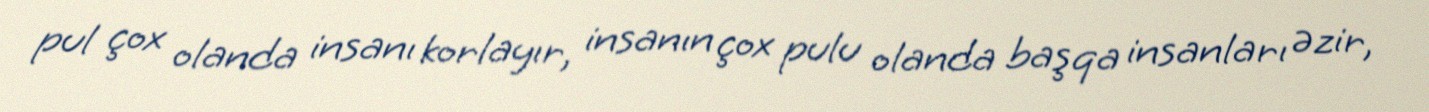
pul çox olanda insanı korlayır, insanın çox pulu olanda başqa insanları əzir,